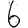
Digit: 6